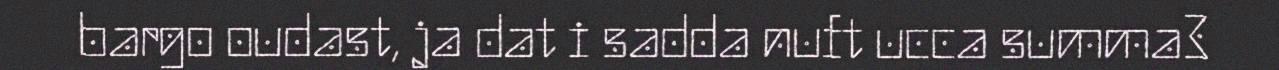
bargo oudast, ja dat i sadda nuft ucca summa3